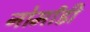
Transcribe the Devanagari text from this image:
नोर्मांडी